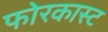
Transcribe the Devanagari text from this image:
फोरकास्ट